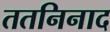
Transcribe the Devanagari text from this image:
ततनिनाद